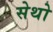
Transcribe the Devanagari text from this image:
सेथो